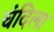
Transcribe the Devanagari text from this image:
चंदिला